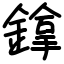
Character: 鎿